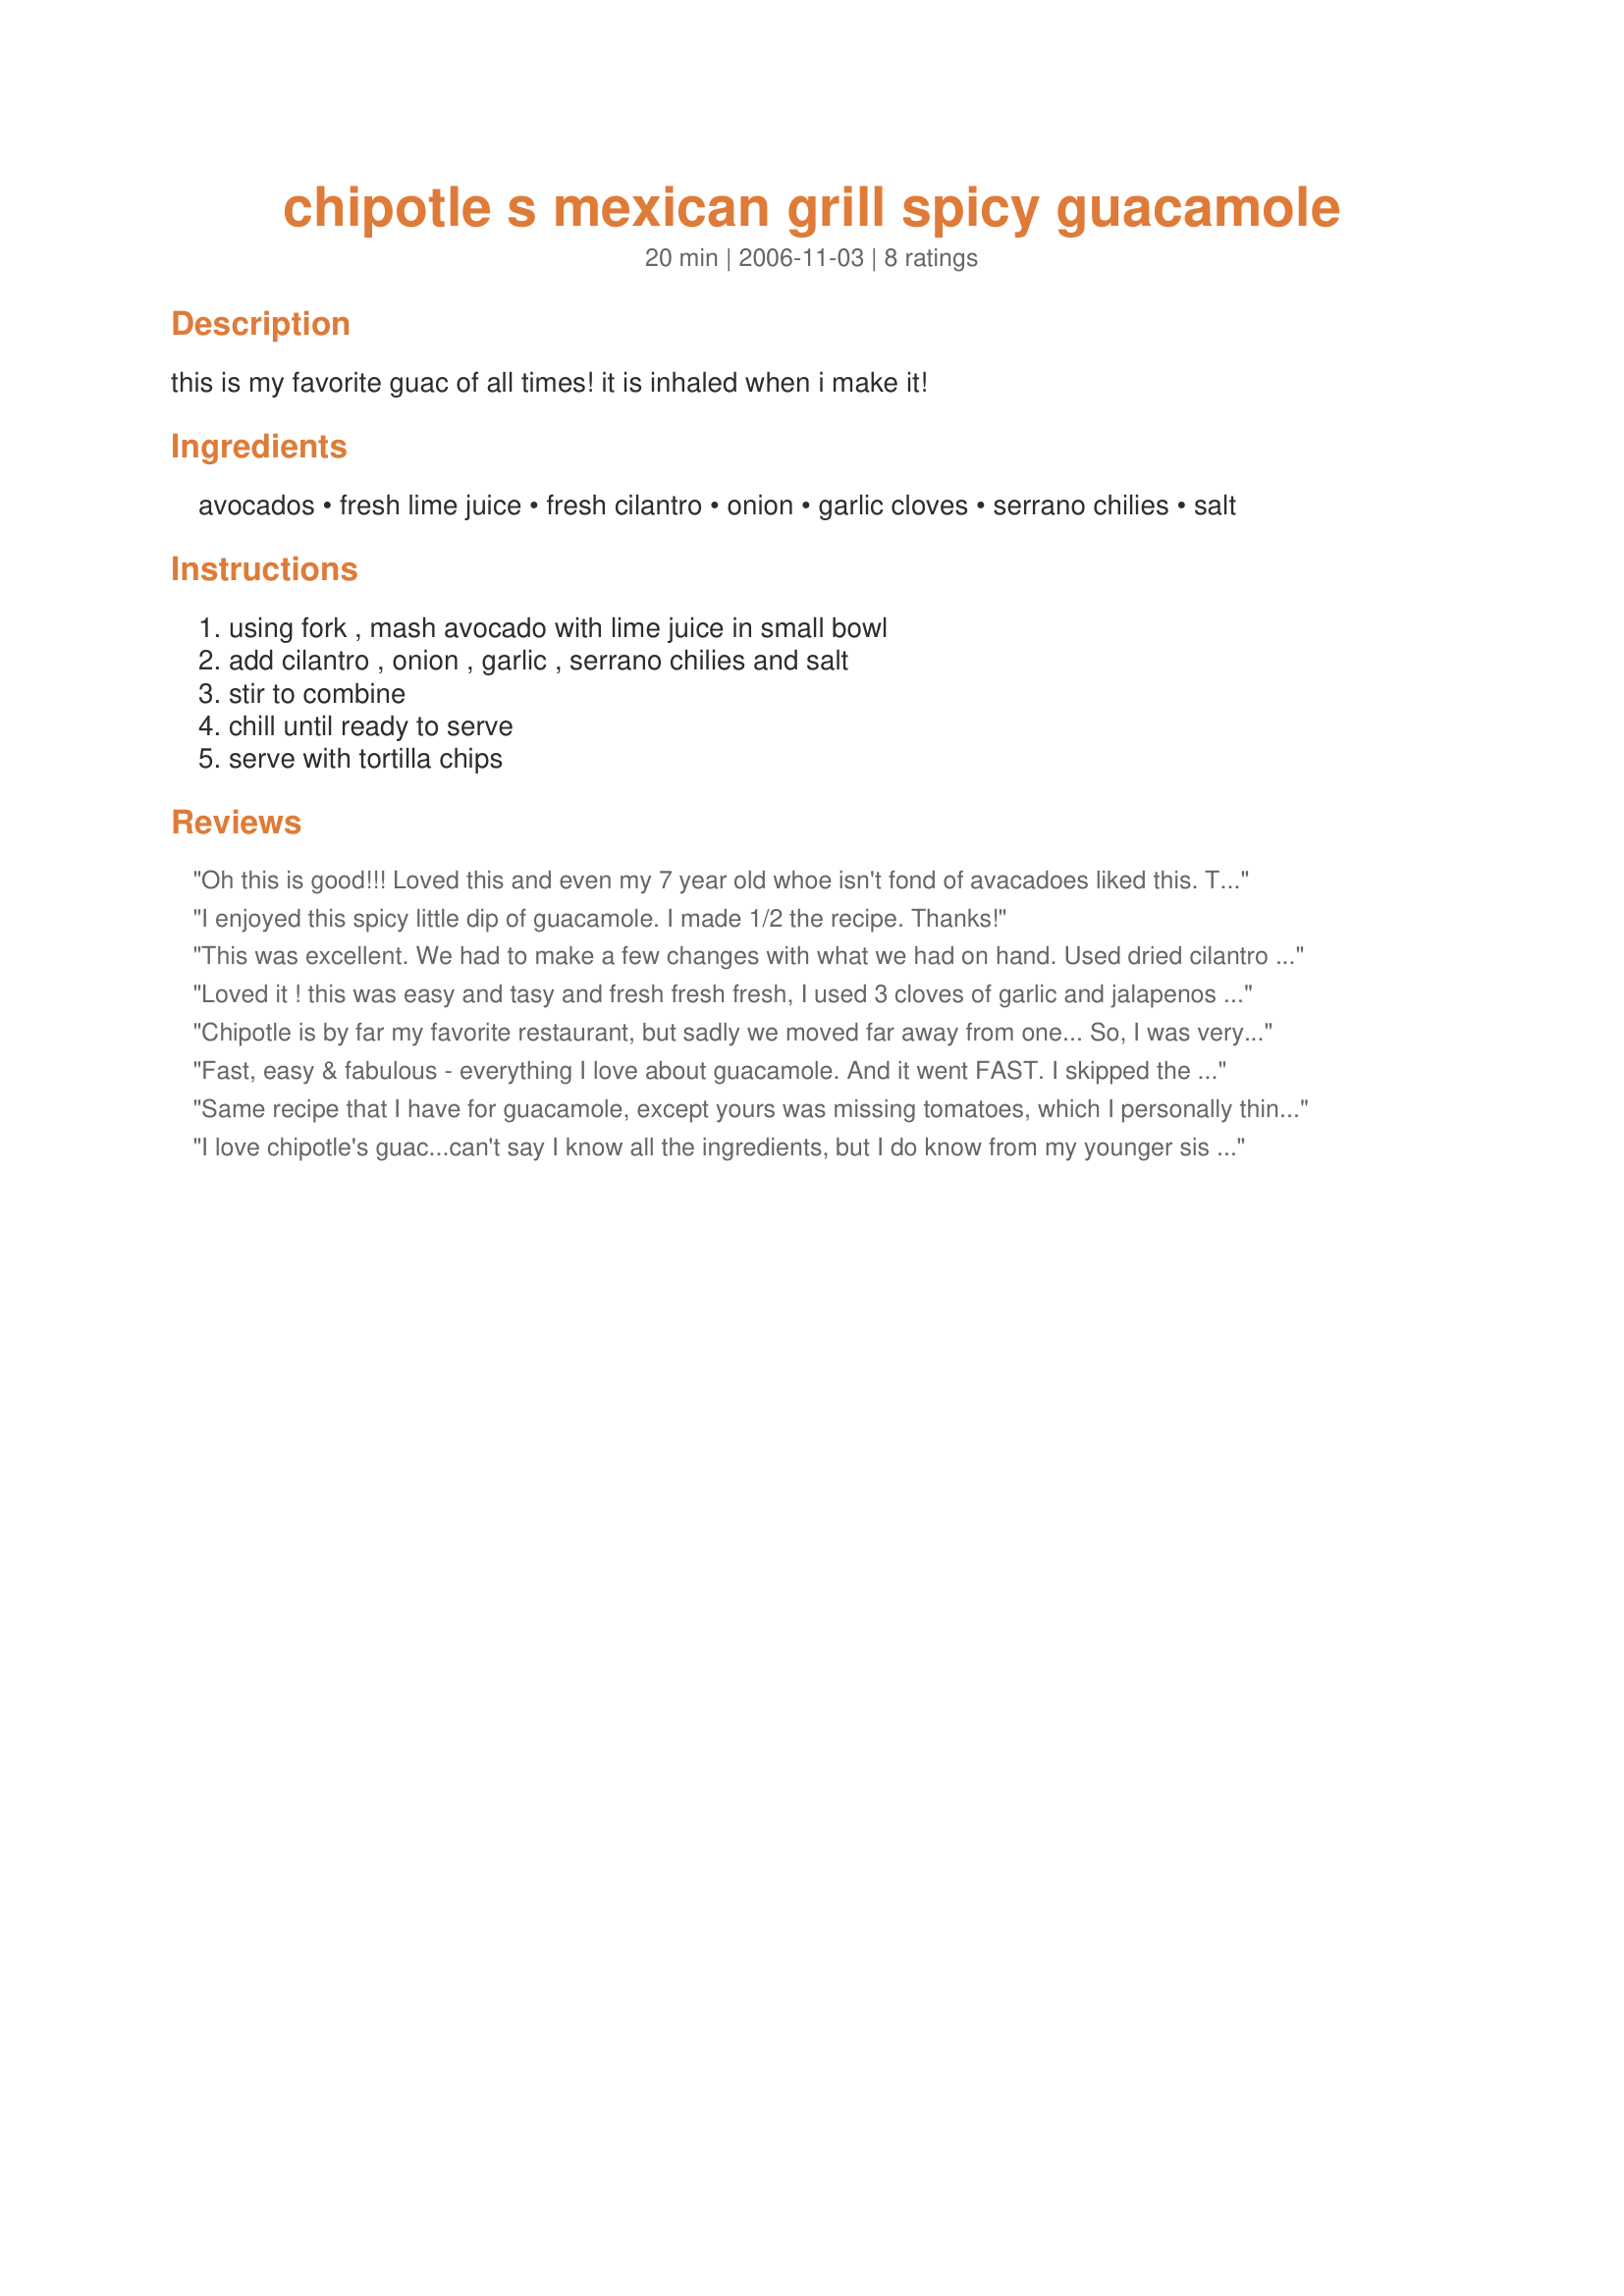
chipotle s mexican grill spicy guacamole
Preparation time: 20 minutes

this is my favorite guac of all times! it is inhaled when i make it!

Ingredients:
avocados, fresh lime juice, fresh cilantro, onion, garlic cloves, serrano chilies, salt

Steps:
using fork , mash avocado with lime juice in small bowl, add cilantro , onion , garlic , serrano chilies and salt, stir to combine, chill until ready to serve, serve with tortilla chips

Reviews:
Oh this is good!!! Loved this and even my 7 year old whoe isn't fond of avacadoes liked this. Thanks for posting
I enjoyed this spicy little dip of guacamole. I made 1/2 the recipe. Thanks!
This was excellent. We had to make a few changes with what we had on hand. Used dried cilantro and dried jalapeno pepper flakes. Everything else was the same and it was exactly how we like our guac. I love the tip from another review that said to keep the pit in the bowl you store/serve it from - it absolutely keeps it from turning brown. Very happy with our end result!
Loved it ! this was easy and tasy and fresh fresh fresh, I used 3 cloves of garlic and jalapenos in place of the serrano chilies. Yum!
Please see my rating system: 4 excellent stars for a recipe that I will be making again. Thanks!
Chipotle is by far my favorite restaurant, but sadly we moved far away from one... So, I was very happy to find this recipe! I followed the recipe pretty closely, except added in about 1 tbsp of light sour cream and only used 1 serrano pepper, wth some seeds left inside for some heat. I whirled it a few times in my food processor. Even with the 1 pepper, it was still pretty spicy, so I chopped up a tomato and threw it in. Perfection! Served with homemade tortilla chips... Yummy!
Fast, easy & fabulous - everything I love about guacamole. And it went FAST. I skipped the cilantro because I really just HATE the stuff. And we used jalapenos instead of serranos & aded some extra garlic. YUM! (What a beautiful photo, Kiwi!) Made for ZWT3. Thanks Little Bee!
Same recipe that I have for guacamole, except yours was missing tomatoes, which I personally thinks adds more freshness to the flavor. Also, a hint that I use to keep the guacamole from turning brown, don't throw away the avocado pits.. Put them in the bottom of your container or bowl before you serve or store your guac.
I love chipotle's guac...can't say I know all the ingredients, but I do know from my younger sis that used to work there that they put a bit of their margarita mix in it as well- or at least they did at the branch she worked at. Give me a spoon- I'll eat it without chips!!!
